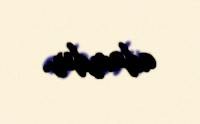
adamdır.